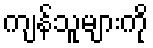
ကျန်သူများကို